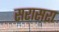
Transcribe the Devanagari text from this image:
सरासरा